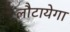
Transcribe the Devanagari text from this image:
लौटायेगा